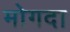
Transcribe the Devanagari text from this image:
मोगदा